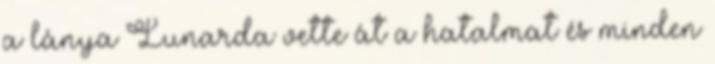
a lánya Lunarda vette át a hatalmat és minden